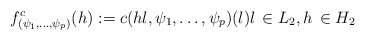
\begin{align*}f_{(\psi_1,\dots,\psi_{p})}^c (h):=c(hl,\psi_1,\dots,\psi_{p}) (l) l\,\in L_2, h\,\in H_2\end{align*}